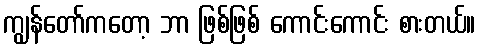
ကျွန်တော်ကတော့ ဘာ ဖြစ်ဖြစ် ကောင်းကောင်း စားတယ်။